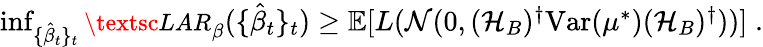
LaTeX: \begin{array}{r}{\operatorname*{inf}_{\{ \hat{\beta}_{t}\} _{t}}{\small\textsc{{LAR}}}_{\beta}(\{ \hat{\beta}_{t}\} _{t})\geq{\mathbb E}[L({\mathcal{N}}(0,({\mathcal{H}}_{B})^{\dagger}{\operatorname{Var}}({\mu^{*}})({\mathcal{H}}_{B})^{\dagger}))]\; .}\end{array}